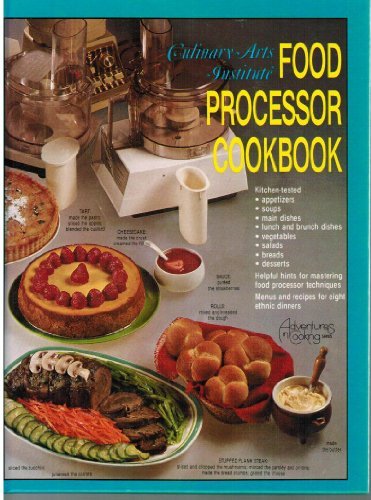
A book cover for Food Processor Cook Book (Adventures in cooking series); Culinary Arts Institute; Cookbooks, Food & Wine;